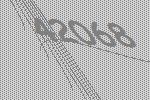
42068